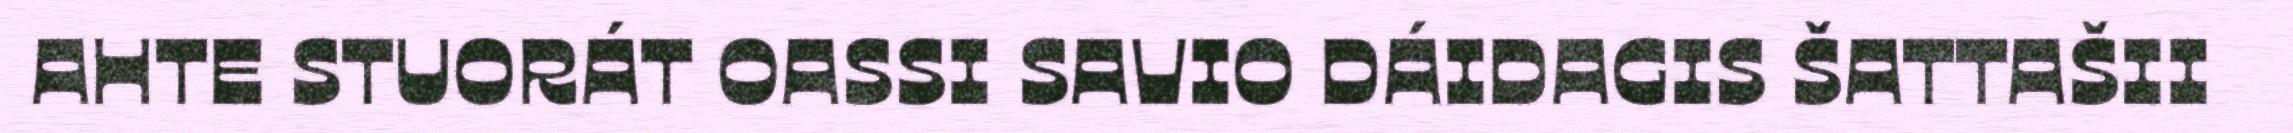
AHTE STUORÁT OASSI SAVIO DÁIDAGIS ŠATTAŠII